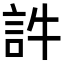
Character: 𧥸